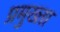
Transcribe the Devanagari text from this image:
प्रमुख्ता